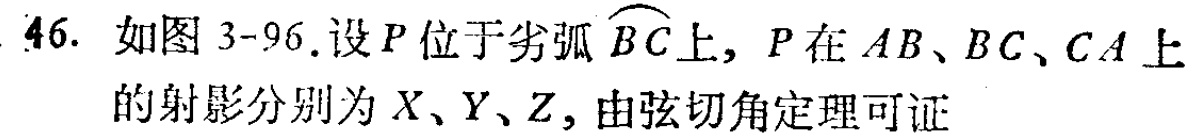
46. 如图 3-96.设\(P\)位于劣弧\(\overset{\frown}{BC}\)上，\(P\)在\(AB、BC、CA\)上的射影分别为\(X、Y、Z\)，由弦切角定理可证